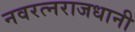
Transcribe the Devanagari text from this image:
नवरत्नराजधानी